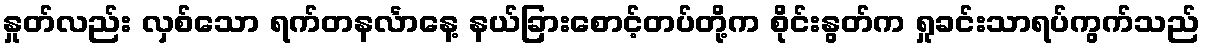
နှုတ်လည်း လှစ်သော ရက်တနင်္လာနေ့ နယ်ခြားစောင့်တပ်တို့က စိုင်းနွတ်က ရှုခင်းသာရပ်ကွက်သည်